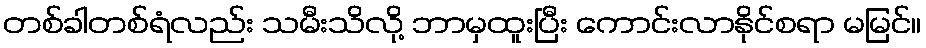
တစ်ခါတစ်ရံလည်း သမီးသိလို့ ဘာမှထူးပြီး ကောင်းလာနိုင်စရာ မမြင်။